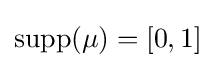
\operatorname {supp} (\mu )=[0,1]